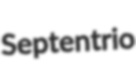
Septentrio